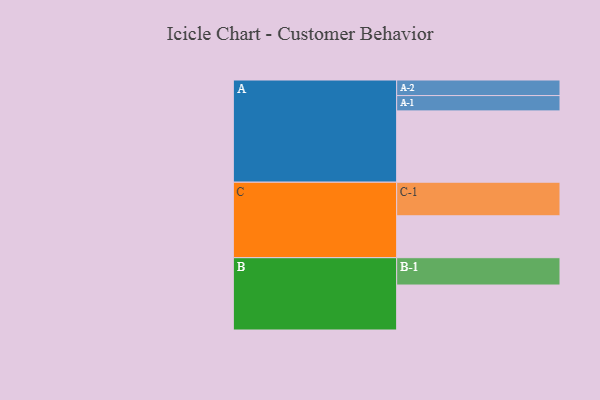
{"axis": {"x": "Segment", "y": "Value"}, "legend": ["", "A", "B", "C"], "data": [{"x": "A", "y": 582, "type": ""}, {"x": "B", "y": 367, "type": ""}, {"x": "C", "y": 342, "type": ""}, {"x": "A-1", "y": 125, "type": "A"}, {"x": "A-2", "y": 127, "type": "A"}, {"x": "B-1", "y": 223, "type": "B"}, {"x": "C-1", "y": 274, "type": "C"}]}